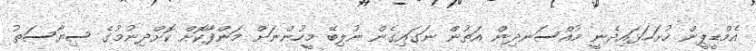
އެމްޑީޕީން ހުށަހަޅައިދެނީ މުއްސަނދިން އަތުން ނަގައިގެން ނުލިބޭ މީހުންނަށް މަންފާކޮށް ކޮށްދިނުމުގެ ސިޔާސަތު